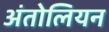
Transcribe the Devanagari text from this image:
अंतोलियन